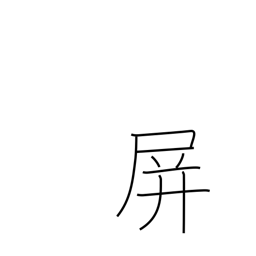
Meaning: fence